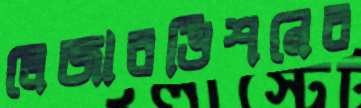
লেজারভিশনের